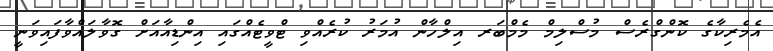
އެމެރިކާގެ ކޮންގްރެސް މުސްލިމް މެމްބަރ އިލްހާން އުމަރު ކުރެއްވި ޓްވީޓެއްގައި އިންޑިއާއަށް ގޮވާލައްވާފައިވަނީ